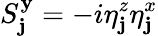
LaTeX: S_{\mathbf{j}}^{\mathbf{y}}=-i\eta_{\mathbf{j}}^{z}\eta_{\mathbf{j}}^{x}